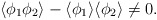
\begin{align*}\langle \phi_1 \phi_2 \rangle - \langle \phi_1 \rangle\langle \phi_2 \rangle \neq 0. \end{align*}